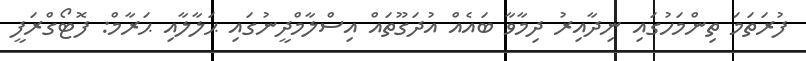
ފުރަތަމަ ތިންމަހުގައި ނިދާއިރު ދިމާވާ ބައެއް އުދަގޫތައް އިސްލާމްދީނުގައި ޙަލާލާއި ޙަރާމް: ފޮޓޯގްރަފީ